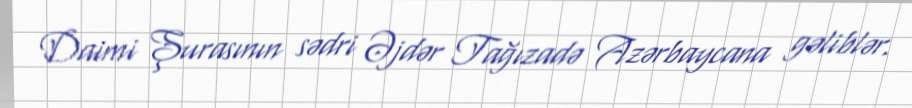
Daimi Şurasının sədri Əjdər Tağızadə Azərbaycana gəliblər.